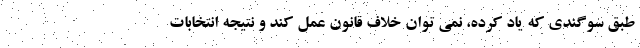
طبق سوگندی که یاد کرده، نمی توان خلاف قانون عمل کند و نتیجه انتخابات